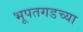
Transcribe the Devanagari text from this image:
भूपतगडच्या